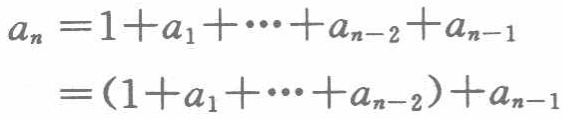
\[
\begin{align*}
a_{n}&=1 + a_{1}+\cdots+a_{n - 2}+a_{n - 1}\\
&=(1 + a_{1}+\cdots+a_{n - 2})+a_{n - 1}
\end{align*}
\]